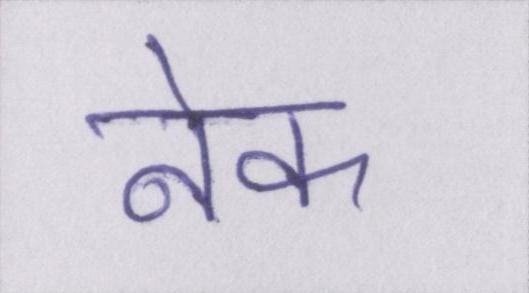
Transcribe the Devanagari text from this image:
नेक